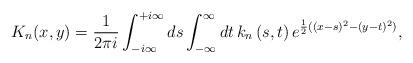
LaTeX: \begin{align*} K_n(x, y)=\frac{1}{2\pi i} \int_{-i\infty}^{+i\infty}ds \int_{-\infty}^{\infty}dt\, k_n \left(s,t\right)e^{\frac{1}{2}((x- s)^2-(y- t)^2)}, \end{align*}